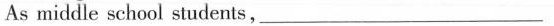
As middle school students，___